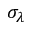
\sigma _ { \lambda }